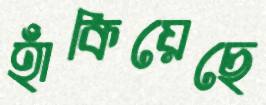
হাঁকিয়েছে